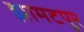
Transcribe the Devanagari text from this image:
झामटपुर